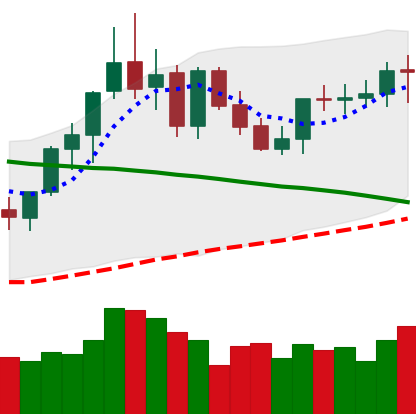
Ticker: XMR-USD
Chart end date: 2021-09-06
Forward return: -20.652%
Label: down_7plus